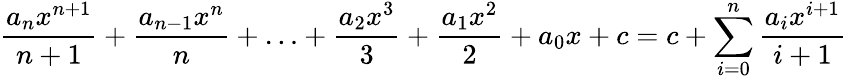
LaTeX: {\frac{a_{n}x^{n+1}}{n+1}}+{\frac{a_{n-1}x^{n}}{n}}+\ldots+{\frac{a_{2}x^{3}}{3}}+{\frac{a_{1}x^{2}}{2}}+a_{0}x+c=c+\sum_{i=0}^{n}{\frac{a_{i}x^{i+1}}{i+1}}